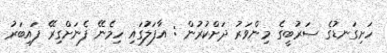
ހަށިގަނޑުގެ ސަރުބީގެ މިންވަރު ދަށްކުރުން : އާފަލުގައި ހިމެނޭ ފެނަށްގިރޭ ފައިބަރު